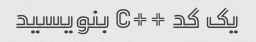
یک کد ++C بنویسید